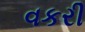
વકરી